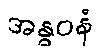
အန္ဓဝနံ